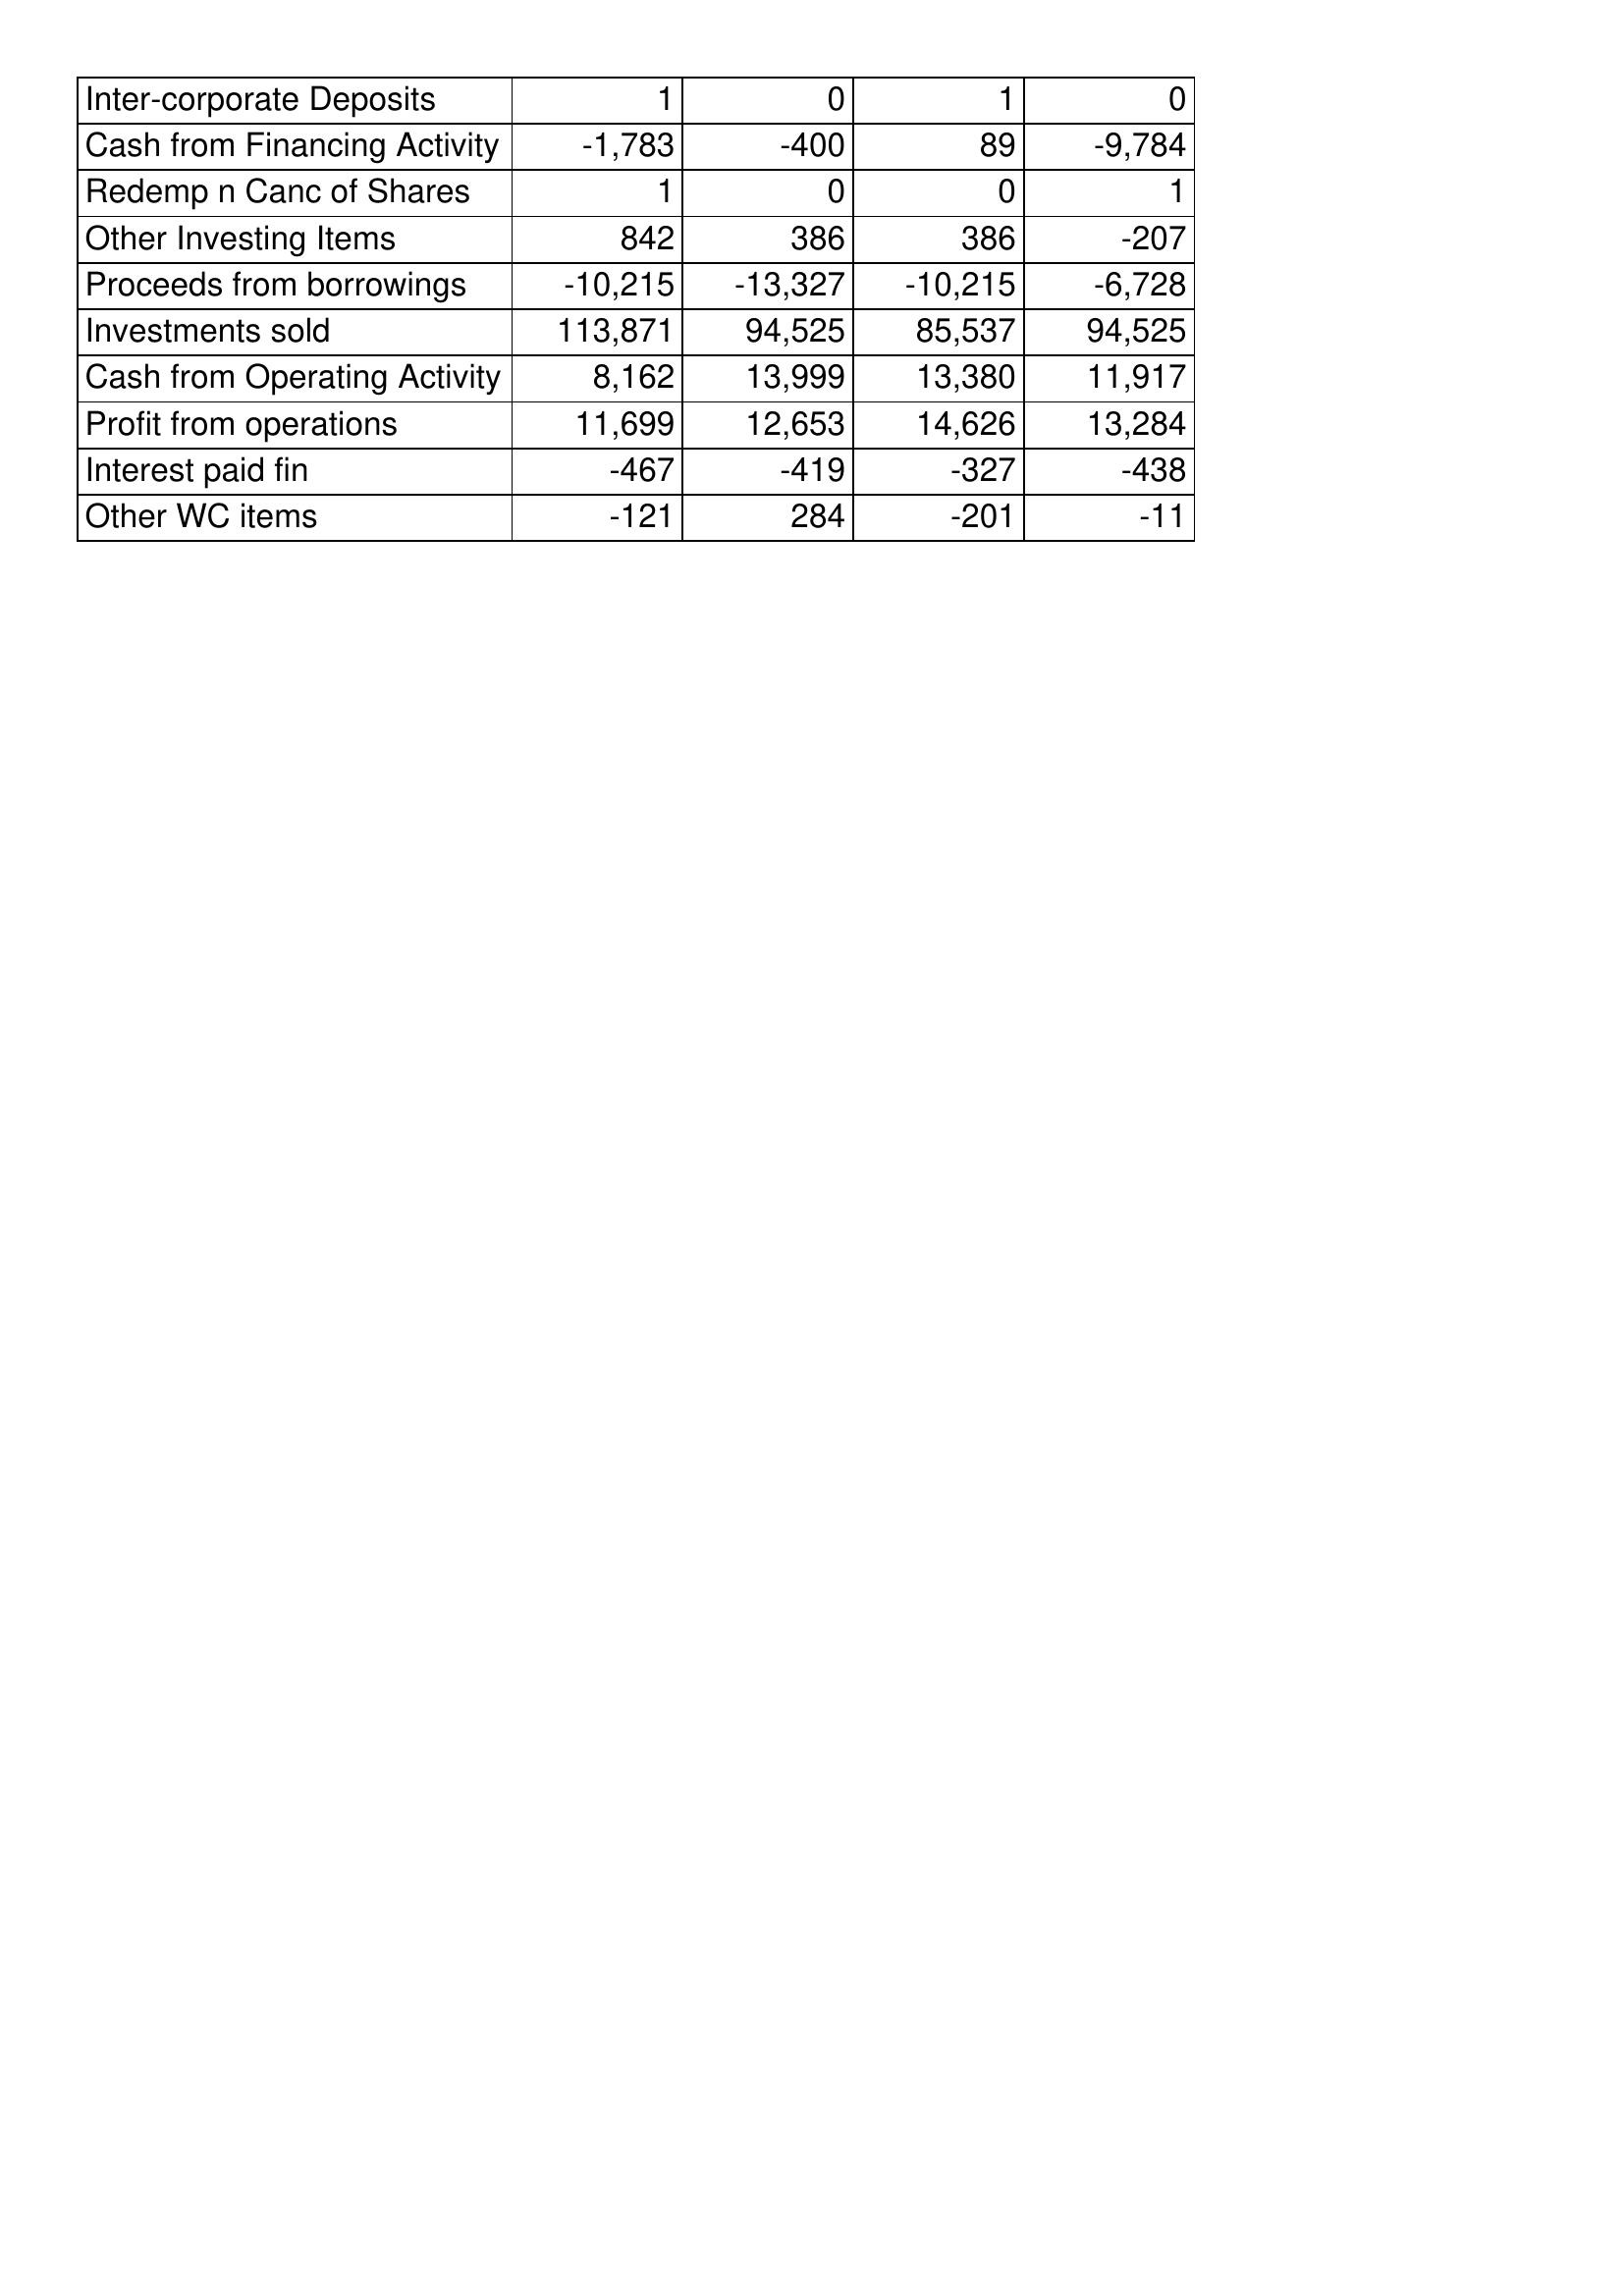
Aug-20: Cash Flows: Inter-corporate Deposits: 1
Cash from Financing Activity: -1,783
Redemp n Canc of Shares: 1
Other Investing Items: 842
Proceeds from borrowings: -10,215
Investments sold: 113,871
Cash from Operating Activity: 8,162
Profit from operations: 11,699
Interest paid fin: -467
Other WC items: -121
Aug-19: Cash Flows: Inter-corporate Deposits: 0
Cash from Financing Activity: -400
Redemp n Canc of Shares: 0
Other Investing Items: 386
Proceeds from borrowings: -13,327
Investments sold: 94,525
Cash from Operating Activity: 13,999
Profit from operations: 12,653
Interest paid fin: -419
Other WC items: 284
Aug-18: Cash Flows: Inter-corporate Deposits: 1
Cash from Financing Activity: 89
Redemp n Canc of Shares: 0
Other Investing Items: 386
Proceeds from borrowings: -10,215
Investments sold: 85,537
Cash from Operating Activity: 13,380
Profit from operations: 14,626
Interest paid fin: -327
Other WC items: -201
Aug-17: Cash Flows: Inter-corporate Deposits: 0
Cash from Financing Activity: -9,784
Redemp n Canc of Shares: 1
Other Investing Items: -207
Proceeds from borrowings: -6,728
Investments sold: 94,525
Cash from Operating Activity: 11,917
Profit from operations: 13,284
Interest paid fin: -438
Other WC items: -11